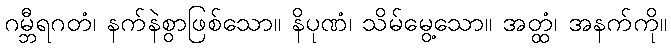
ဂမ္ဘီရဂတံ၊ နက်နဲစွာဖြစ်သော။ နိပုဏံ၊ သိမ်မွေ့သော။ အတ္ထံ၊ အနက်ကို။